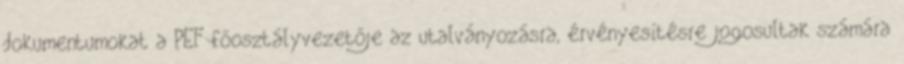
dokumentumokat a PEF főosztályvezetője az utalványozásra, érvényesítésre jogosultak számára